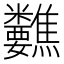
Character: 𥾀